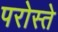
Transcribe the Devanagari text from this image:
परोस्ते